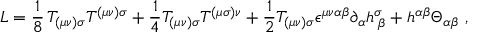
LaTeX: L = \frac { 1 } { 8 } \, T _ { ( \mu \nu ) \sigma } T ^ { ( \mu \nu ) \sigma } + \frac { 1 } { 4 } T _ { ( \mu \nu ) \sigma } T ^ { ( \mu \sigma ) \nu } + \frac { 1 } { 2 } T _ { ( \mu \nu ) \sigma } \epsilon ^ { \mu \nu \alpha \beta } \partial _ { \alpha } h _ { \; \beta } ^ { \sigma } + h ^ { \alpha \beta } \Theta _ { \alpha \beta } \ ,